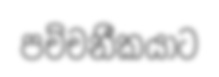
පච්චනීකයාට